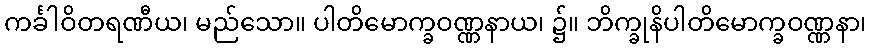
ကင်္ခါဝိတရဏီယ၊ မည်သော။ ပါတိမောက္ခဝဏ္ဏနာယ၊ ၌။ ဘိက္ခုနိပါတိမောက္ခဝဏ္ဏနာ၊